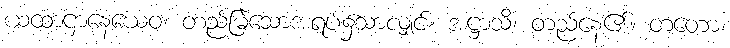
ယထာဌာနေယေဝ၊ တည်မြဲသောအရပ်၌သာလျှင်။ အဋ္ဌာသိ၊ တည်နေ၏။ တတော၊